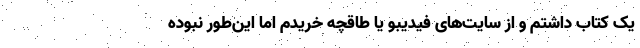
یک کتاب داشتم و از سایت‌های فیدیبو یا طاقچه خریدم اما این‌طور نبوده